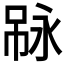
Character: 𠶇